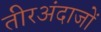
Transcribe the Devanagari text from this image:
तीरअंदाजों